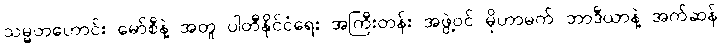
သမ္မတဟောင်း မော်စီနဲ့ အတူ ပါတီနိုင်ငံရေး အကြီးတန်း အဖွဲ့ဝင် မိုဟာမက် ဘာဒီယာနဲ့ အက်ဆန်